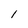
Character: 1